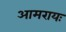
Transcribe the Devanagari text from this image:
आमरायः